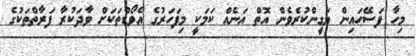
މިހާ ފަސޭހައިން ޔަގީންކުރެވެން އޮތް އަނެއް ކަމަކީ މިފަހަރުގެ އެވޯޑްތަކަށް ވާދަކުރާ ފަރާތްތަކުގެ